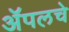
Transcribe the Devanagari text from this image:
ॲपलचे